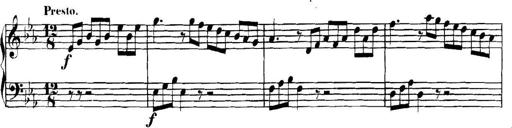
Title: Collected Piano Sonatas
Composer: Muzio Clementi